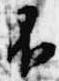
不